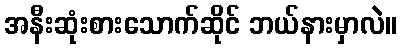
အနီးဆုံးစားသောက်ဆိုင် ဘယ်နားမှာလဲ။